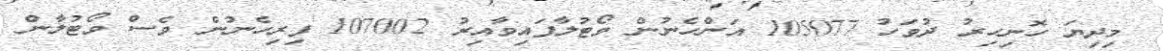
މިދިޔަ ހޮނިހިރު ދުވަހު 105077 އަންހެނުން ވޯޓުލާފައިވާއިރު 107002 ފިރިހެނުން ވެސް ވޯޓުލާން